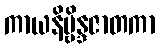
ကာယနိဗ္ဗိန္ဒဇာတကာ